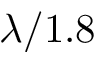
\lambda / 1 . 8